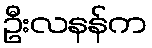
ဦးလနန်က